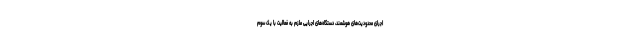
اجرای محدودیت‌های هوشمند، دستگاه‌های اجرایی ملزم به فعالیت با یک سوم